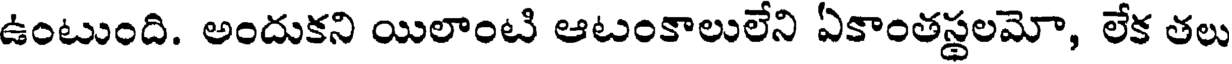
ఉంటుంది. అందుకని యిలాంటి ఆటంకాలులేని ఏకాంతస్థలమో, లేక తలు